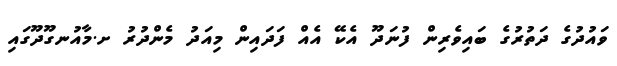
ވައުދުގެ ދަތުރުގެ ބައިވެރިން ފުނަދޫ އެކޭ އެއް ފަދައިން މިއަދު މެންދުރު ށ.މާއުނގޫދޫގައި